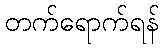
တက်ရောက်ရန်